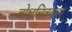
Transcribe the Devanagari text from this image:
बोधचित्रकार